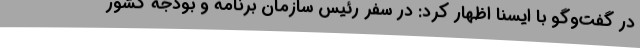
در گفت‌وگو با ایسنا اظهار کرد: در سفر رئیس سازمان برنامه و بودجه کشور